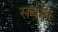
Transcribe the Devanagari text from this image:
सबोध